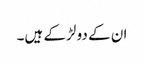
ان کے دو لڑکے ہیں۔